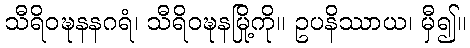
သီရိဝဍ္ဎနနဂရံ၊ သီရိဝဍ္ဎနမြို့ကို။ ဥပနိဿာယ၊ မှီ၍။